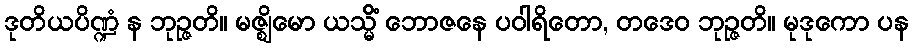
ဒုတိယပိဏ္ဍံ န ဘုဉ္ဇတိ။ မဇ္ဈိမော ယသ္မိံ ဘောဇနေ ပဝါရိတော, တဒေဝ ဘုဉ္ဇတိ။ မုဒုကော ပန